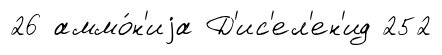
26 аммо́н'иjа Д'ис'ел'ен'ид 252